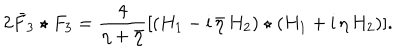
2 \bar { F } _ { 3 } \star F _ { 3 } = \frac { 4 } { \eta + \bar { \eta } } [ ( H _ { 1 } - \mathrm { i } \, \bar { \eta } \, H _ { 2 } ) \star ( H _ { 1 } + \mathrm { i } \, \eta \, H _ { 2 } ) ] .